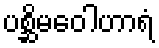
ပစ္ဆိမဝေါဟာရံ